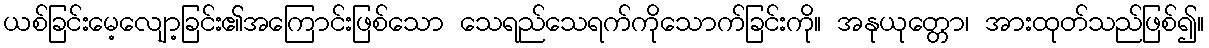
ယစ်ခြင်းမေ့လျော့ခြင်း၏အကြောင်းဖြစ်သော သေရည်သေရက်ကိုသောက်ခြင်းကို။ အနုယုတ္တော၊ အားထုတ်သည်ဖြစ်၍။